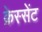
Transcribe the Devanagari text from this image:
क्रेस्सेंट